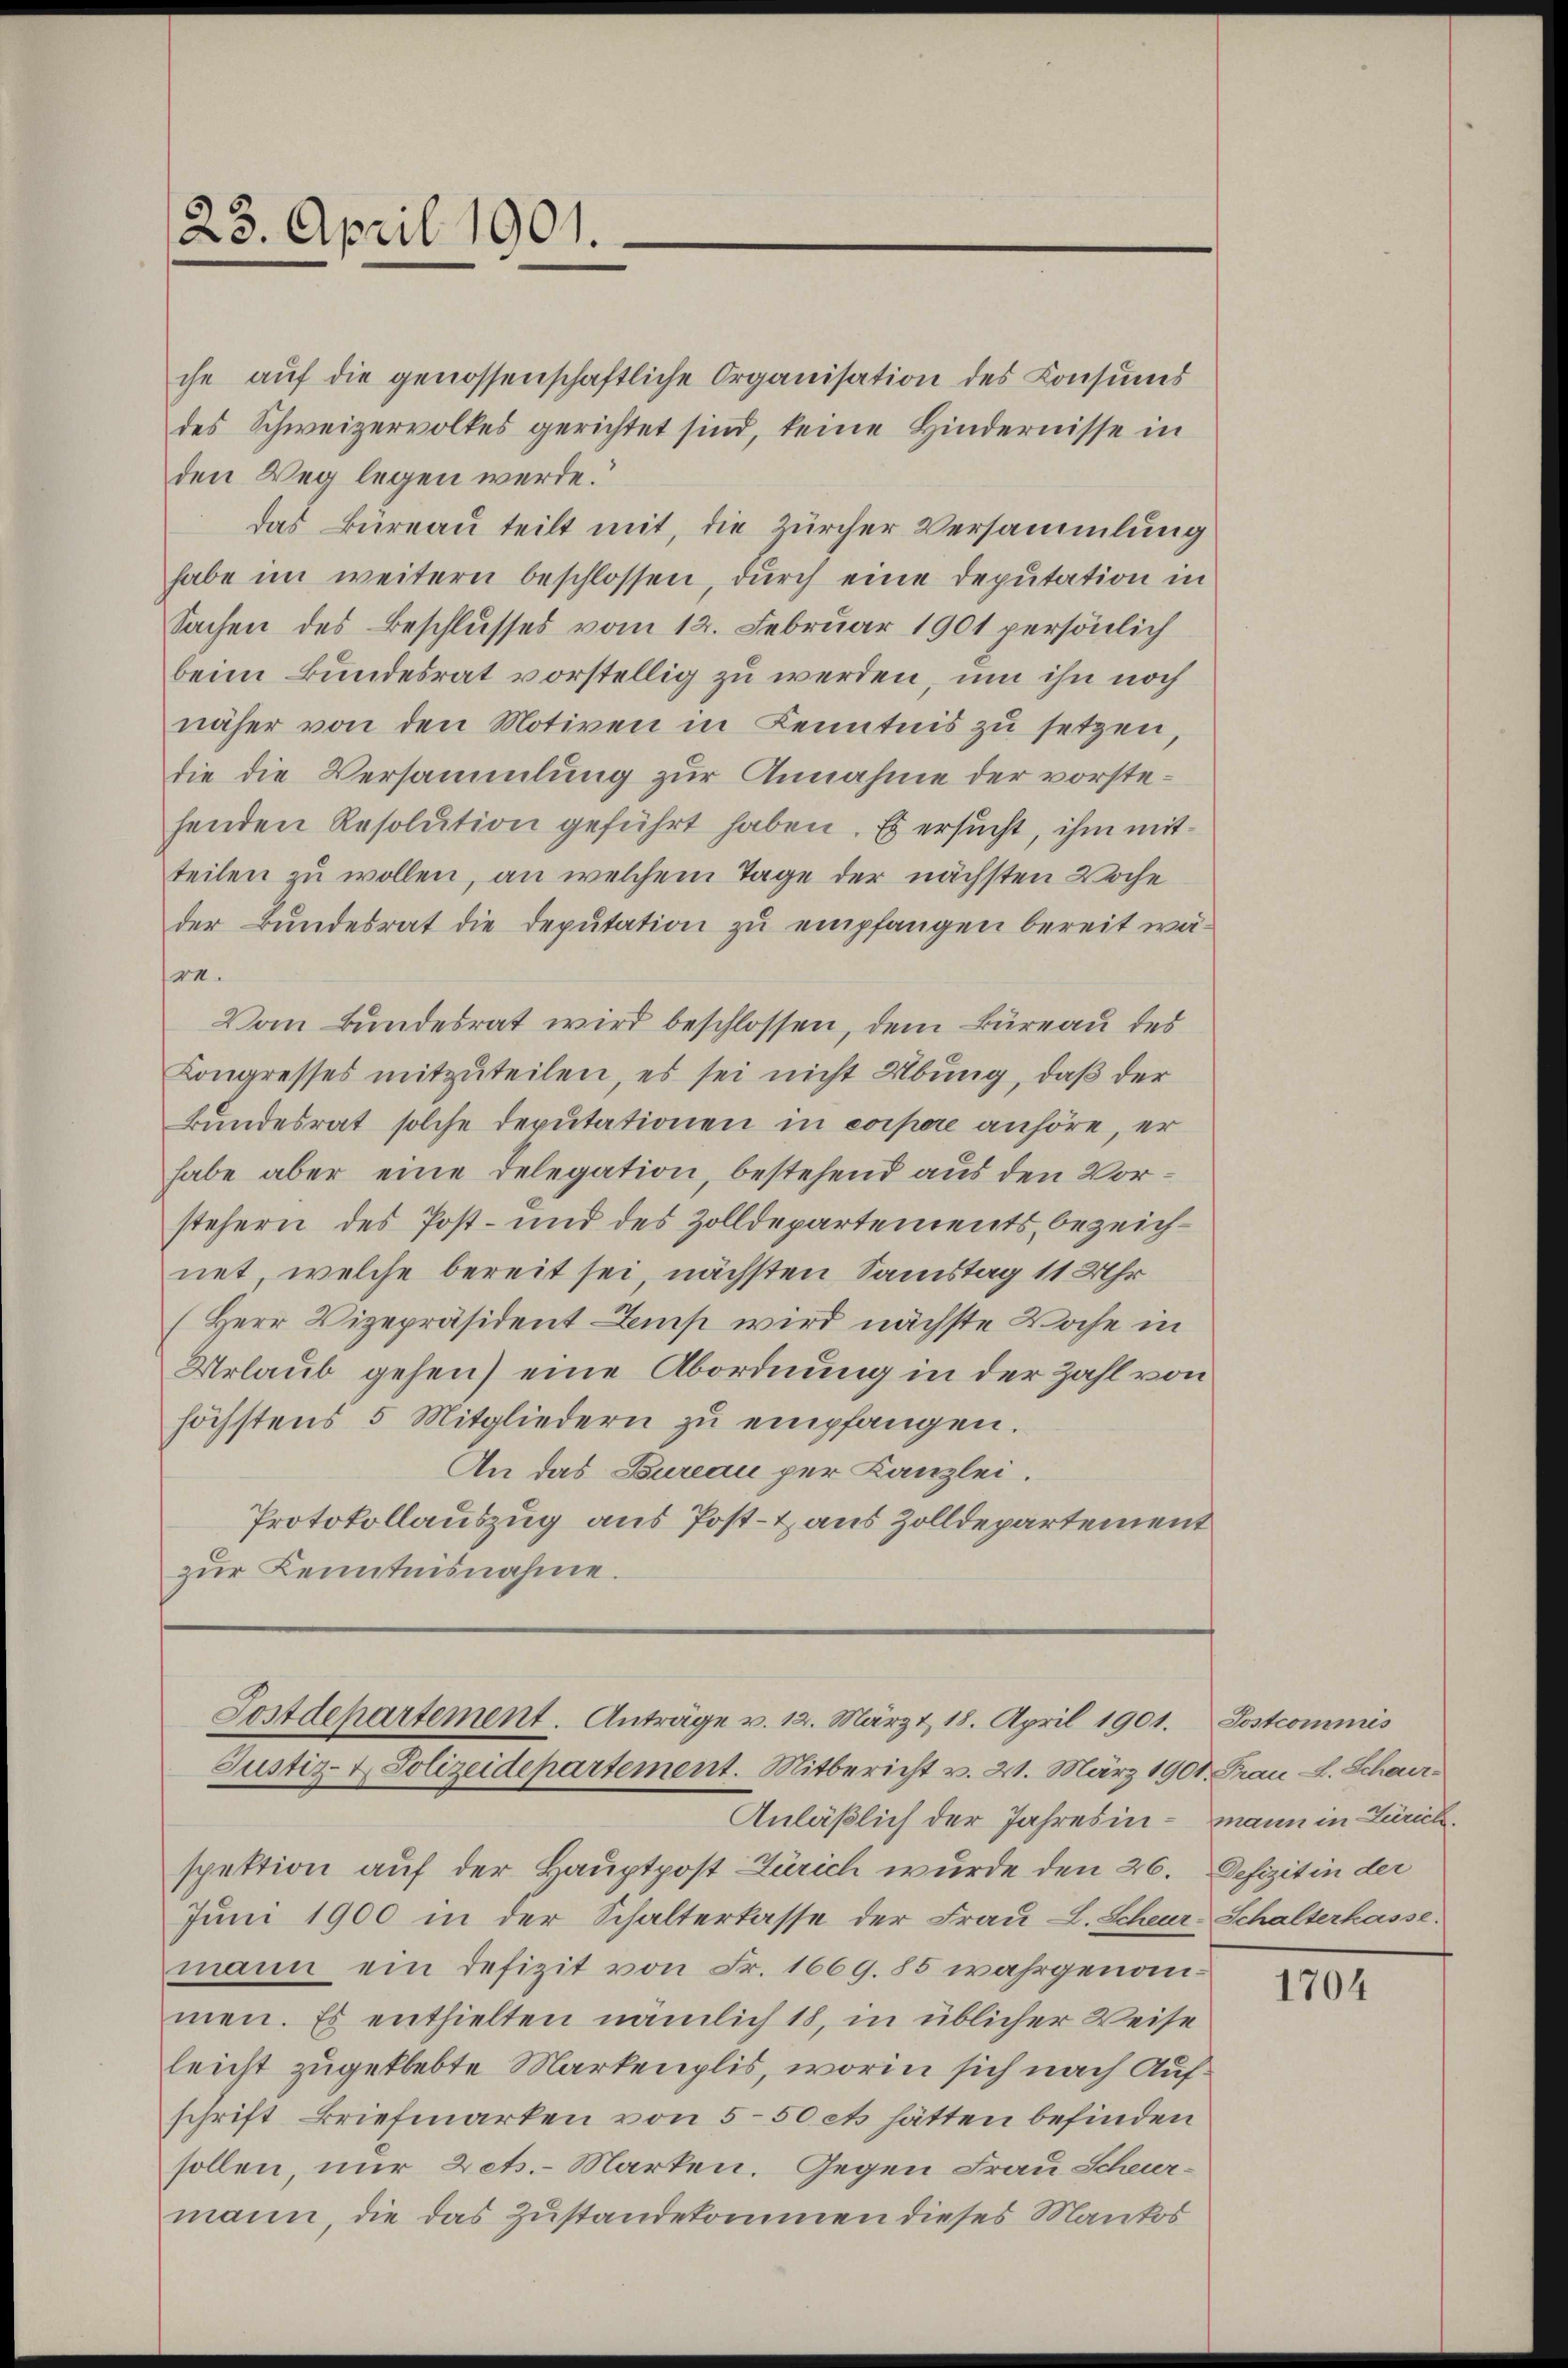
23. April 1901.

che auf die genossenschaftliche Organisation des Consums
des Schweizervolkes gerichtet sind, keine Hindernisse in
den Weg legen werde.“
das Büreau teilt mit, die Zürcher Versammlung
habe im weitern beschlossen, durch eine Deputation in
Sachen des Beschlusses vom 12. Februar 1901 persönlich
beim Bundesrat vorstellig zu werden, um ihn noch
näher von den Motiven in Kenntnis zu setzen,
die die Versammlung zur Annahme der vorstehenden Resolution geführt haben. Es ersucht, ihm mitteilen zu wollen, an welchem Tage der nächsten Woche
der Bundesrat die Deputation zu empfangen bereit wäre.
Vom Bundesrat wird beschlossen, dem Büreau des
Kongresses mitzuteilen, es sei nicht Übung, daß der
Bundesrat solche Deputationen in corpore anhöre, er
habe aber eine Delegation, bestehend aus den Vorstehern des Post- und des Zolldepartements, bezeichnet, welche bereit sei, nächsten Samstag 11 Uhr
(Herr Vizepräsident Lamp wird nächste Woche in
Urlaub gehen) eine Abordnung in der Zahl von
höchstens 5 Mitgliedern zu empfangen.
An das Bureau per Kanzlei.
Protokollauszug aus Post- & aus Zolldepartement
zŭr Kenntnisnahme.

Sostdepartement. Anträge v. 12. März & 18. April 1901.
Justiz- & Polizeidepartement. Mitbericht v. 21. März 1901. Frau L. Schau¬

Anläßlich der Jahres in - mann in Zürich.
spektion auf der Hauptpost Zürich wurde den 26. Defizit in der
Juni 1900 in der Schalterlasse der Frau L. Scheur-Schalterhasse.
mann ein defizit von Fr. 1669. 85 wahrgenommen. Es enthielten nämlich 18, in üblicher Weise
leicht zugeklebte Markenplis, worin sich nach Aufschrift Briefmarken von 5-50 et hätten befinden
sollen, nur Zet.- Marken. Gegen Frau Scheur-
mann, die das Zustandekommen dieses Mankos

Postcommis

1704